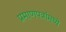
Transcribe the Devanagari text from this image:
प्रमाणपत्रांमध्ये